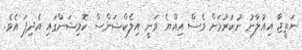
ނަތީޖާ އިއުލާނު ނުކުރުމަށް ވެސް އިއްޔެ ވަނީ އިލެކްޝަންސް ކޮމިޝަންގައި އެދިފަ އެވެ.